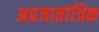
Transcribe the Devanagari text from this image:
अप्रजातांत्रिक